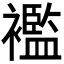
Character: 襤